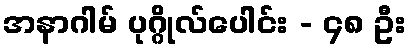
အနာဂါမ် ပုဂ္ဂိုလ်ပေါင်း - ၄၈ ဦး